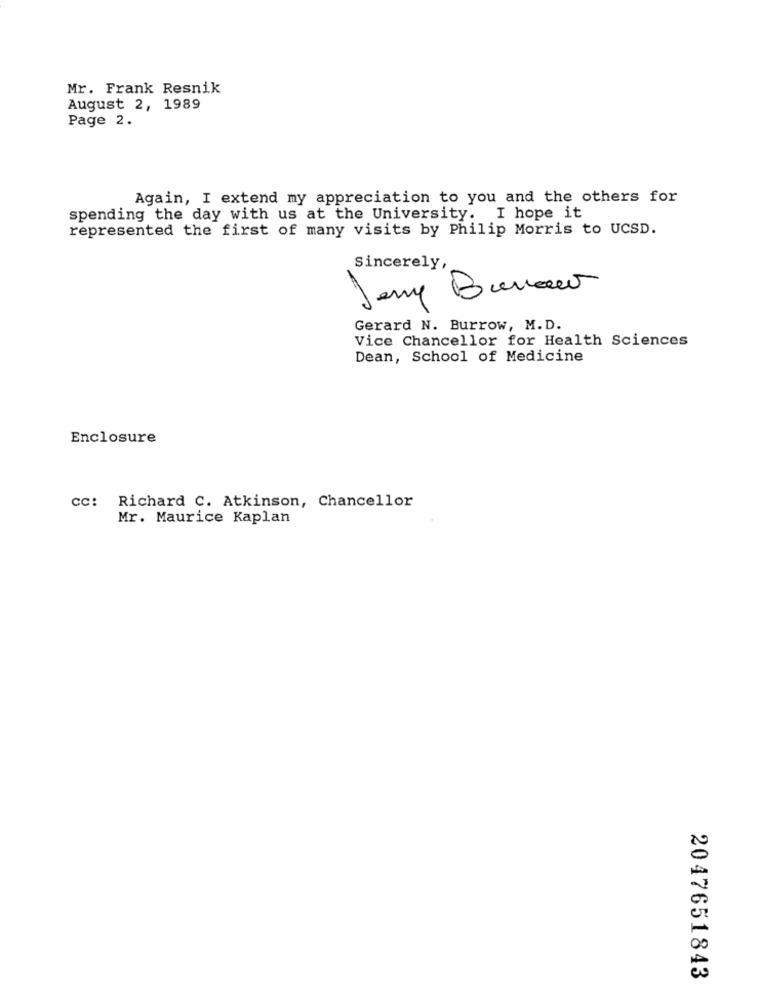
Mr. Frank Resnik
August 2, 1989
Page 2.
Again, I extend my appreciation to you and the others for
spending the day with us at the University. I hope it
represented the first of many visits by Philip Morris to UCSD.
Sincerely,
Burow
Gerard N. Burrow, M.D.
Vice Chancellor for Health Sciences
Dean, School of Medicine
Enclosure
cc: Richard C. Atkinson, Chancellor
Mr. Maurice Kaplan
2047651843